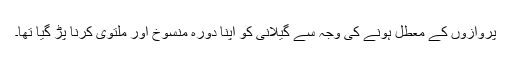
پروازوں کے معطل ہونے کی وجہ سے گیلانی کو اپنا دورہ منسوخ اور ملتوی کرنا پڑ گیا تھا۔